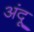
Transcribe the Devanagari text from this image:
अंदू